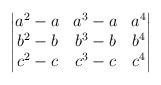
LaTeX: \begin{align*}\begin{vmatrix}a^2-a & a^3 -a & a^4\\b^2-b & b^3 -b & b^4\\c^2-c & c^3-c & c^4\end{vmatrix}\end{align*}